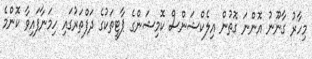
މިހާރު ގާނޫނު އޮންނަ ގޮތުން އިލެކްޝަންސް ކޮމިޝަންގެ ޕާޓީތަކުގެ ދަފްތަރުގައި ހިމަނާފައިވާ ކޮންމެ